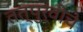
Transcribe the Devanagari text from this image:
तत्पुर्वीचे